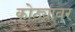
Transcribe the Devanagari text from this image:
कोठ्यावर